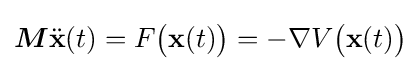
{\boldsymbol {M}}{\ddot {\mathbf {x} }}(t)=F{\bigl (}\mathbf {x} (t){\bigr )}=-\nabla V{\bigl (}\mathbf {x} (t){\bigr )}